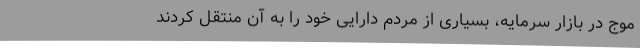
موج در بازار سرمایه، بسیاری از مردم دارایی خود را به آن منتقل کردند